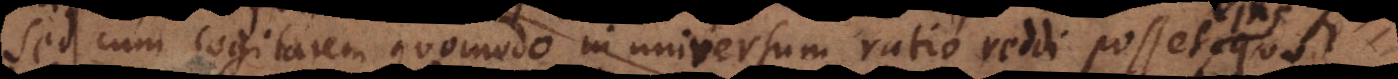
sed cum cogitarem quomodo in universum ratio reddi posset, quod